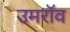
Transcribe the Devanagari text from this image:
उमरॉव